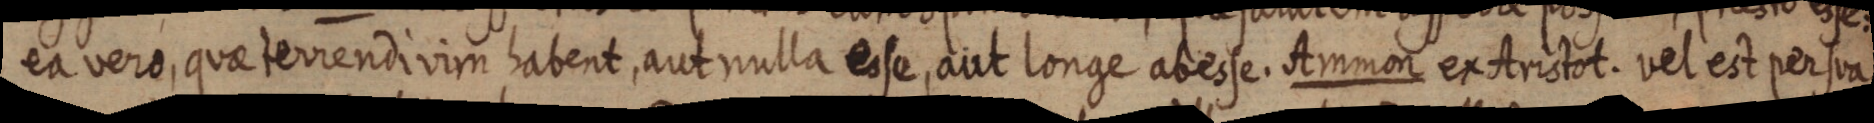
ea vero, quae terrendivim habent, aut nulla esse, aut longe abesse. Ammon ex Aristot. vel est per sua